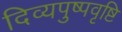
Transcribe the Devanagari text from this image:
दिव्यपुष्पवृष्टि